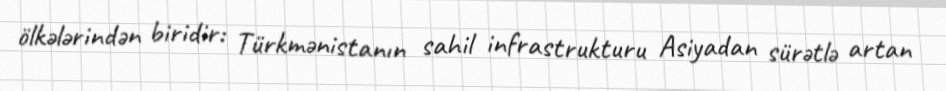
ölkələrindən biridir: Türkmənistanın sahil infrastrukturu Asiyadan sürətlə artan